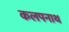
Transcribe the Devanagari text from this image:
कलपनाथ